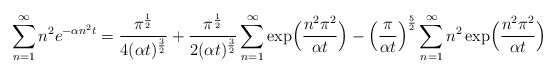
\begin{align*}\sum_{n=1}^{\infty} n^2 e^{-\alpha n^2t} = {\pi^{1 \over 2} \over 4(\alpha t)^{3 \over 2} } + {\pi^{1 \over 2} \over 2(\alpha t)^{3 \over 2} }\sum_{n=1}^{\infty} \exp \Bigl({n^2\pi^2 \over \alpha t}\Bigr) - \left({\pi \over \alpha t}\right)^{5 \over 2} \sum_{n=1}^{\infty} n^2 \exp \Bigl({n^2\pi^2 \over \alpha t}\Bigr)\end{align*}